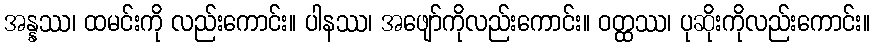
အန္နဿ၊ ထမင်းကို လည်းကောင်း။ ပါနဿ၊ အဖျော်ကိုလည်းကောင်း။ ဝတ္ထဿ၊ ပုဆိုးကိုလည်းကောင်း။